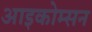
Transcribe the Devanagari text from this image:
आइकोम्सन